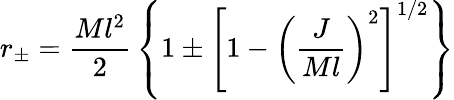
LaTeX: r_{\pm}={\frac{Ml^{2}}{2}}\left\{ 1\pm\left[1-\left({\frac{J}{Ml}}\right)^{2}\right]^{1/2}\right\}